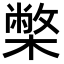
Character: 𭬅